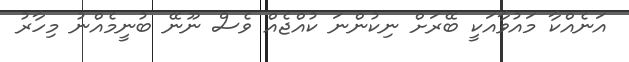
އަނެއްކާ މައުވާއަކީ ބޭރަށް ނިކުންނަ ކުއްޖެއް ވެސް ނޫނޭ ބުނީމެއްނު މިހާރު